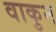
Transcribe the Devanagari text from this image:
वाकुन